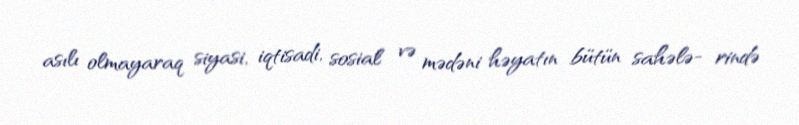
asılı olmayaraq siyasi, iqtisadi, sosial və mədəni həyatın bütün sahələ- rində